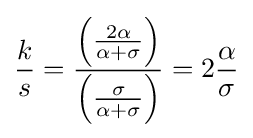
{\frac {k}{s}}={\frac {\left({\frac {2\alpha }{\alpha +\sigma }}\right)}{\left({\frac {\sigma }{\alpha +\sigma }}\right)}}=2{\frac {\alpha }{\sigma }}